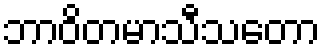
ဘာဝိတမာသီသတော